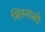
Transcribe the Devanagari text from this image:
शिस्नाशी